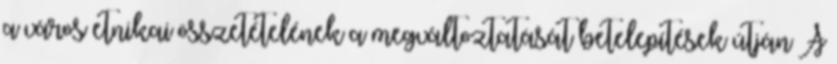
a város etnikai összetételének a megváltoztatását betelepítések útján A